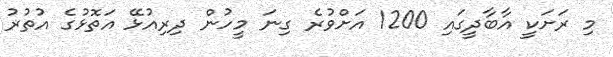
މި ރަށަކީ އާބާދީގައި 1200 އަށްވުރެ ގިނަ މީހުން ދިރިއުޅޭ އަތޮޅުގެ އުތުރު